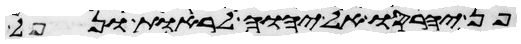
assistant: פן יחרסו אל יהוה לראות ונפל